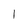
Character: 1